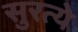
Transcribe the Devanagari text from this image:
सुरत्ये